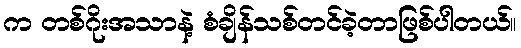
က တစ်ဂိုးအသာနဲ့ စံချိန်သစ်တင်ခဲ့တာဖြစ်ပါတယ်။